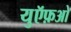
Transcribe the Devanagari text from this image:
युऍफ़ओ